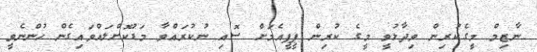
ނާޒިމް މީގެކުރިން ވިދާޅުވީ މީގެ ކުރިން ޕީޕީއެމަށް ސޮއި ނުކުރައްވާ މަޑުކޮށްލައްވައިގެން ހުންނެވީ